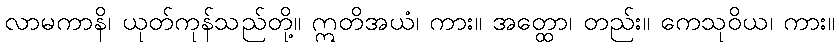
လာမကာနိ၊ ယုတ်ကုန်သည်တို့။ ဣတိအယံ၊ ကား။ အတ္ထော၊ တည်း။ ကေသုဝိယ၊ ကား။